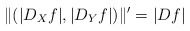
\begin{align*}\|(|D_Xf|,|D_Yf|)\|'=|Df|\end{align*}